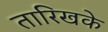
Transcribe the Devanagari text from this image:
तारिखके